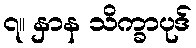
၇။ နှာန သိက္ခာပုဒ်